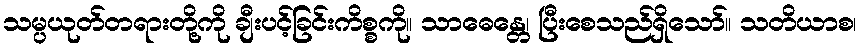
သမ္ပယုတ်တရားတို့ကို ချီးပင့်ခြင်းကိစ္စကို။ သာဓေန္တေ၊ ပြီးစေသည်ရှိသော်။ သတိယာစ၊